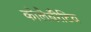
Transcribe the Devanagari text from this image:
कोलैबॅरेटिव